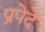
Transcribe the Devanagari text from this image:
प्रपेदे